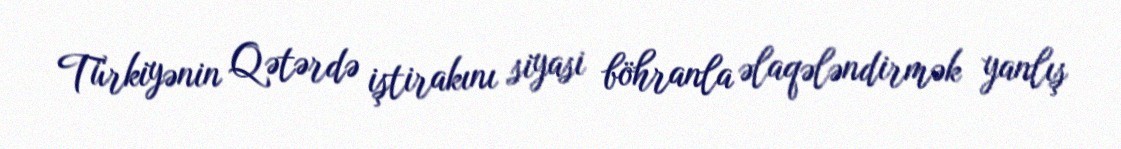
Türkiyənin Qətərdə iştirakını siyasi böhranla əlaqələndirmək yanlış